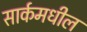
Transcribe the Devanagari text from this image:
सार्कमधील